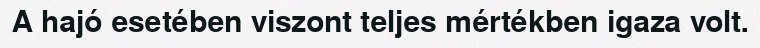
A hajó esetében viszont teljes mértékben igaza volt.